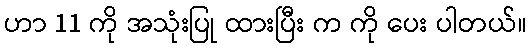
ဟာ 11 ကို အသုံးပြု ထားပြီး က ကို ပေး ပါတယ်။